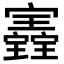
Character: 𡬀